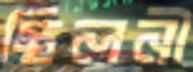
ছিলনী